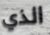
الذي